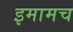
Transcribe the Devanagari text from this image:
इमामच